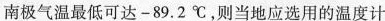
南极气温最低可达-89.2℃，则当地应选用的温度计